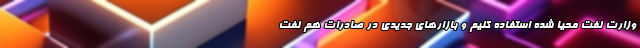
وزارت نفت محیا شده استفاده کنیم و بازارهای جدیدی در صادرات هم نفت